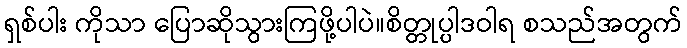
ရှစ်ပါး ကိုသာ ပြောဆိုသွားကြဖို့ပါပဲ။စိတ္တုပ္ပါဒဝါရ စသည်အတွက်